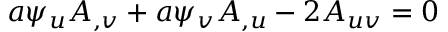
a \psi _ { u } A _ { , v } + a \psi _ { v } A _ { , u } - 2 A _ { u v } = 0